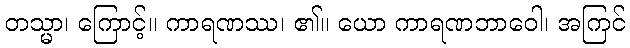
တသ္မာ၊ ကြောင့်။ ကာရဏဿ၊ ၏။ ယော ကာရဏဘာဝေါ၊ အကြင်